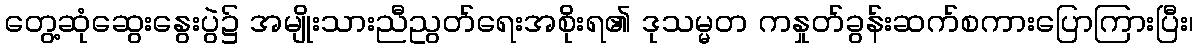
တွေ့ဆုံဆွေးနွေးပွဲ၌ အမျိုးသားညီညွတ်ရေးအစိုးရ၏ ဒုသမ္မတ ကနှုတ်ခွန်းဆက်စကားပြောကြားပြီး၊